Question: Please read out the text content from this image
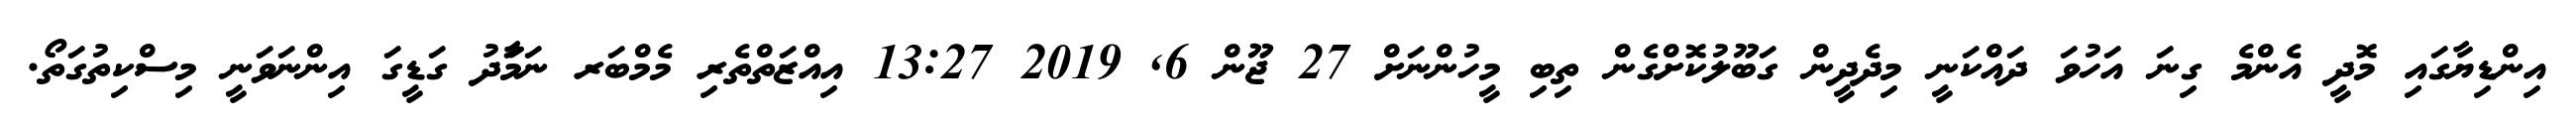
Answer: އިންޑިޔާގައި މޮދީ އެންމެ ގިނަ އަހުވަ ދައްކަނީ މިދެދީން ގަބޫލުކޮށްގެން ތިބި މީހުންނަށް 27 ޖޫން 6, 2019 13:27 އިއްޒަތްތެރި މެމްބަރ ނަމަާދު ގަޑީގަ އިންނަވަނީ މިސްކިތުގަތޯ.